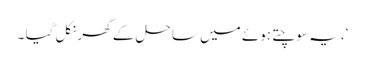
‘، یہ سوچتے ہوئے میں ساحل کے گھر نکل گیا ۔